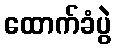
ထောက်ခံပွဲ